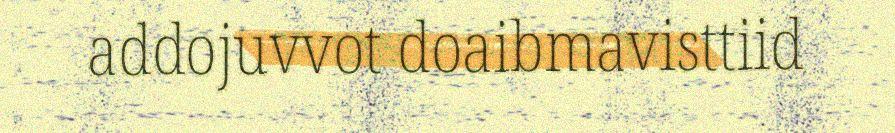
addojuvvot doaibmavisttiid